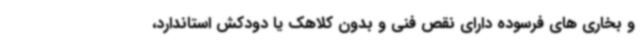
و بخاری های فرسوده دارای نقص فنی و بدون کلاهک یا دودکش استاندارد،